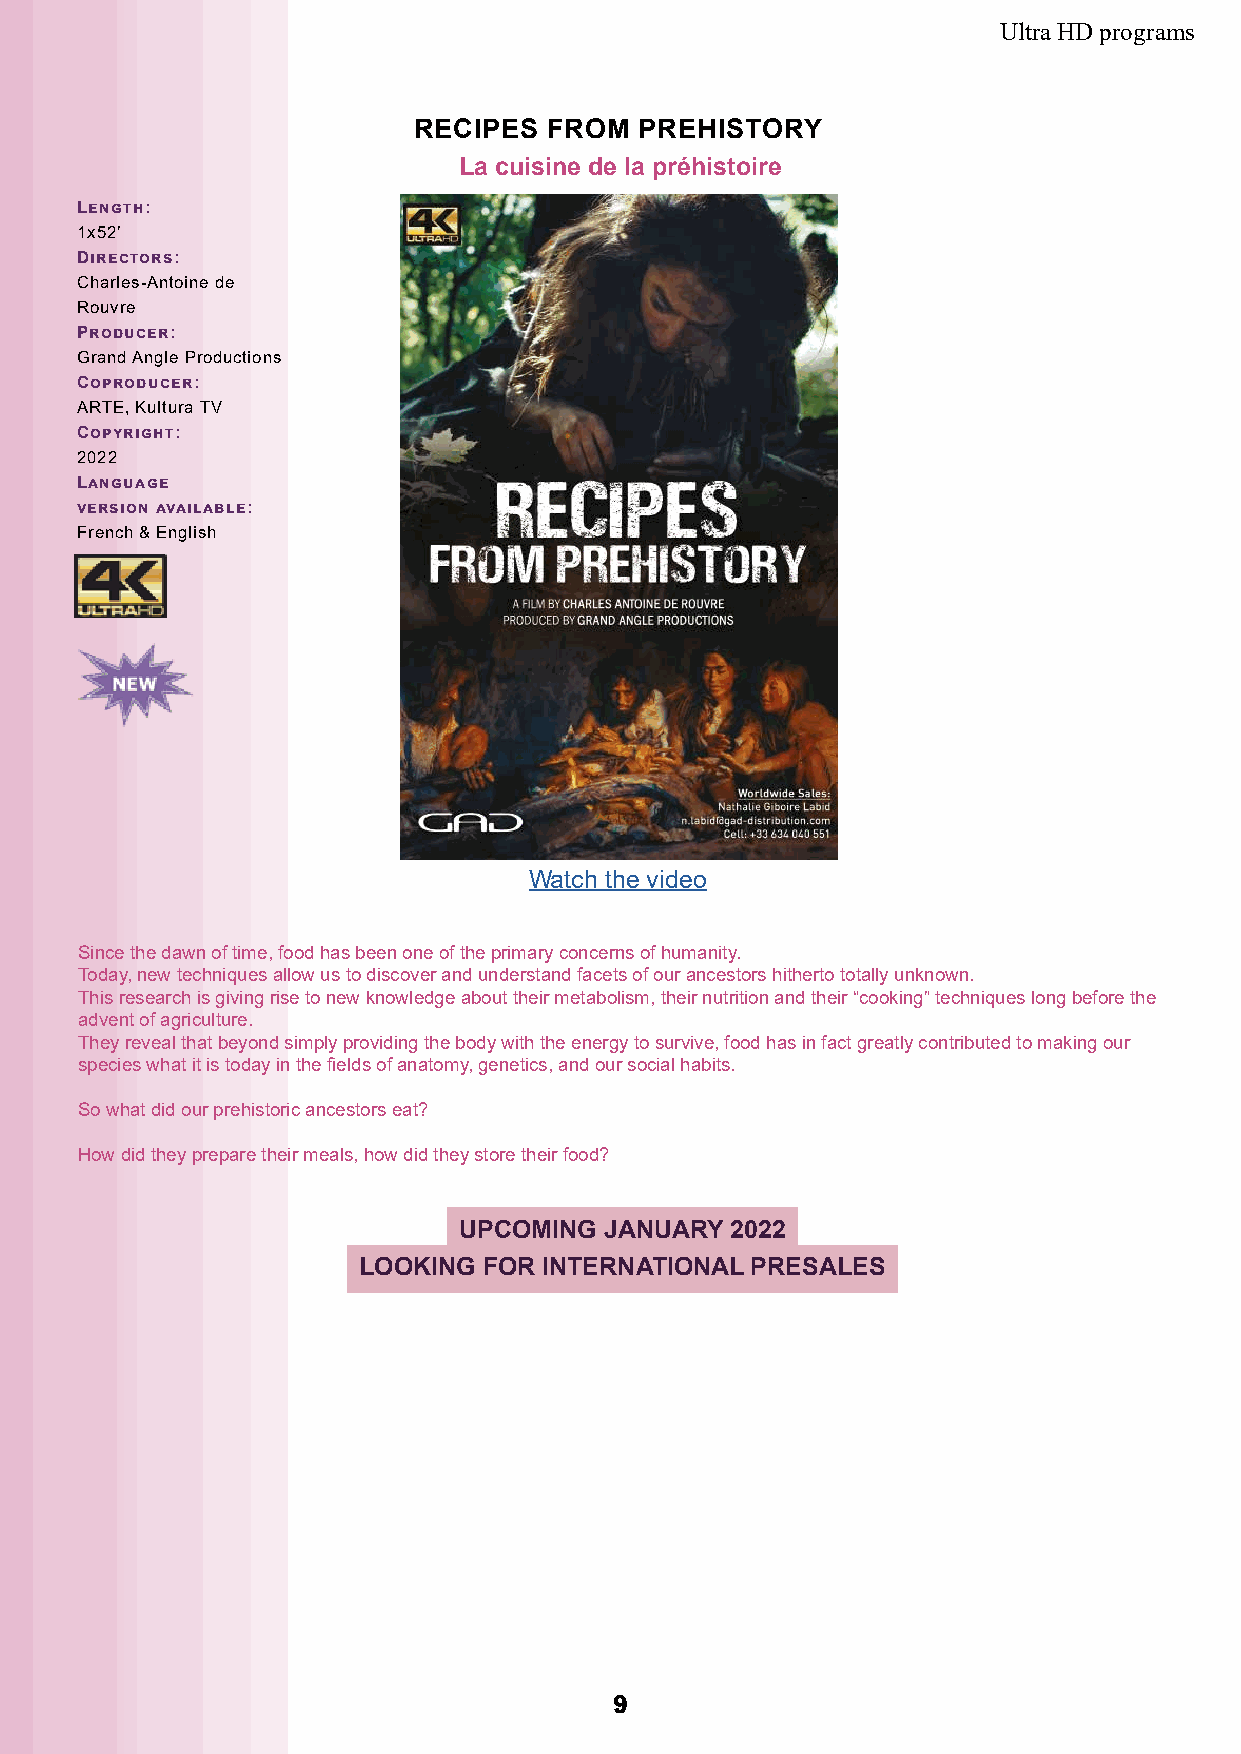
Ultra HD programs
 RECIPES  FROM  PREHISTORY
 La cuisine de la préhistoire
 Length:
 1x52’
 Directors:
 Charles-Antoine de
 Rouvre
 Producer:
 Grand Angle Productions
 Coproducer:
 ARTE, Kultura TV
 Copyright:
 2022
 Language
 version available:
 French & English
 Watch the video
 Since the dawn of time, food has been one of the primary concerns of humanity.
 Today, new techniques allow us to discover and understand facets of our ancestors hitherto totally unknown.
 This research is giving rise to new knowledge about their metabolism, their nutrition and their “cooking” techniques long before the
 advent of agriculture.
 They reveal that beyond simply providing the body with the energy to survive, food has in fact greatly contributed to making our
 species what it is today in the fields of anatomy, genetics, and our social habits.
 So what did our prehistoric ancestors eat?
 How did they prepare their meals, how did they store their food?
 UPCOMING  JANUARY 2022
 LOOKING FOR INTERNATIONAL PRESALES
 99